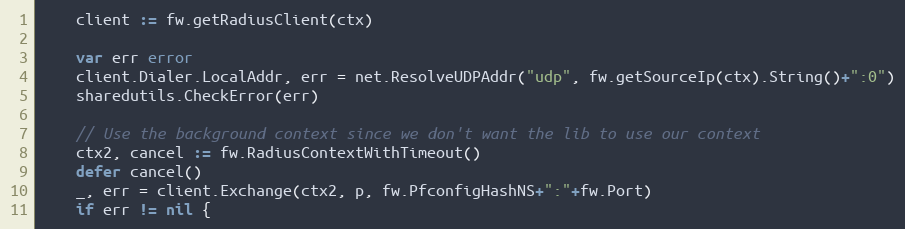
Language: Go
	client := fw.getRadiusClient(ctx)

	var err error
	client.Dialer.LocalAddr, err = net.ResolveUDPAddr("udp", fw.getSourceIp(ctx).String()+":0")
	sharedutils.CheckError(err)

	// Use the background context since we don't want the lib to use our context
	ctx2, cancel := fw.RadiusContextWithTimeout()
	defer cancel()
	_, err = client.Exchange(ctx2, p, fw.PfconfigHashNS+":"+fw.Port)
	if err != nil {